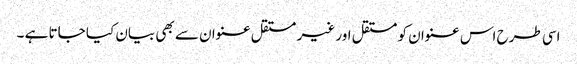
اسی طرح اس عنوان کو مستقل اور غیر مستقل عنوان سے بھی بیان کیا جاتا ہے ۔